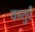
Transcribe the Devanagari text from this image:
वस्‍तुऍं